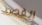
القصد